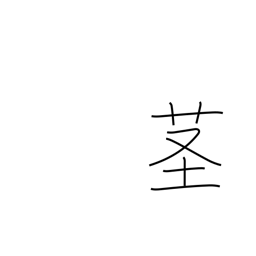
Meaning: stalk